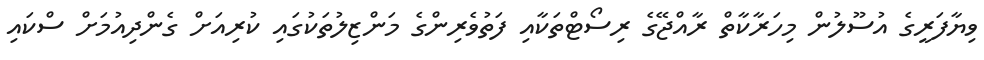
ވިޔާފަރީގެ އުސޫލުން މިހަރާކާތް ރާއްޖޭގެ ރިސޯޓްތަކާއި ފަތުވެރިންގެ މަންޒިލުތަކުގައި ކުރިއަށް ގެންދިއުމަށް ސްކައި